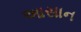
આસાન